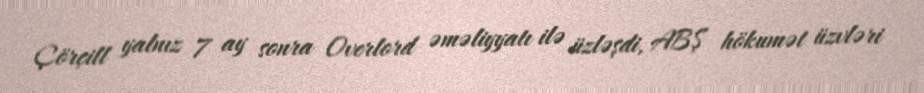
Çörçill yalnız 7 ay sonra Overlord əməliyyatı ilə üzləşdi, ABŞ hökumət üzvləri